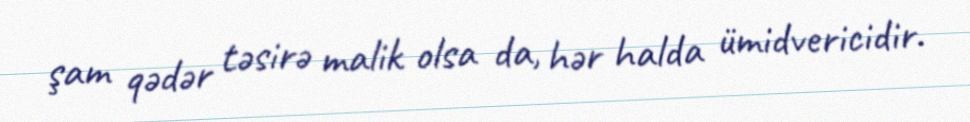
şam qədər təsirə malik olsa da, hər halda ümidvericidir.